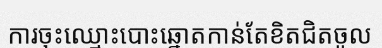
ការចុះឈ្មោះបោះឆ្នោតកាន់តែខិតជិតចូល